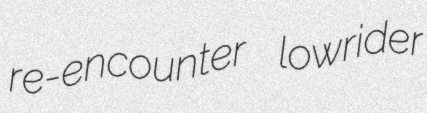
re-encounter lowrider